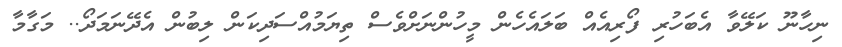
ނިހާނޫ ކަލޭވާ އެބަހުރި ފޯރިއެއް ބަލައެހެން މީހުންނަށްވެސް ތިޔަމުއްސަދިކަން ލިބުން އެދޭނަމަދޯ.. މަގާމާ